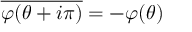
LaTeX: \overline { { { \varphi ( \theta + i \pi ) } } } = - \varphi ( \theta )